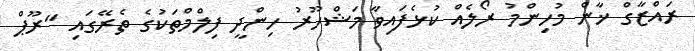
ރައްޒާގް ޚާން މުހިންމު ރޯލެއް ކުޅެފައިވާ މަޝްހޫރު ހިންދީ ފިލްމްތަކުގެ ތެރޭގައި "ރޫޕް